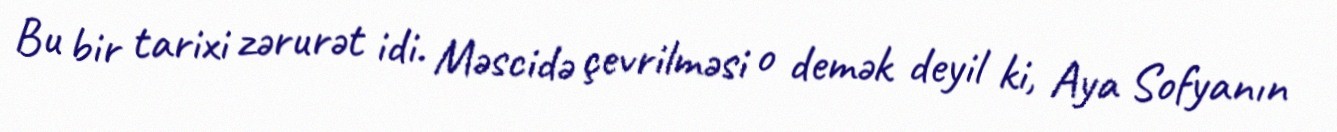
Bu bir tarixi zərurət idi. Məscidə çevrilməsi o demək deyil ki, Aya Sofyanın